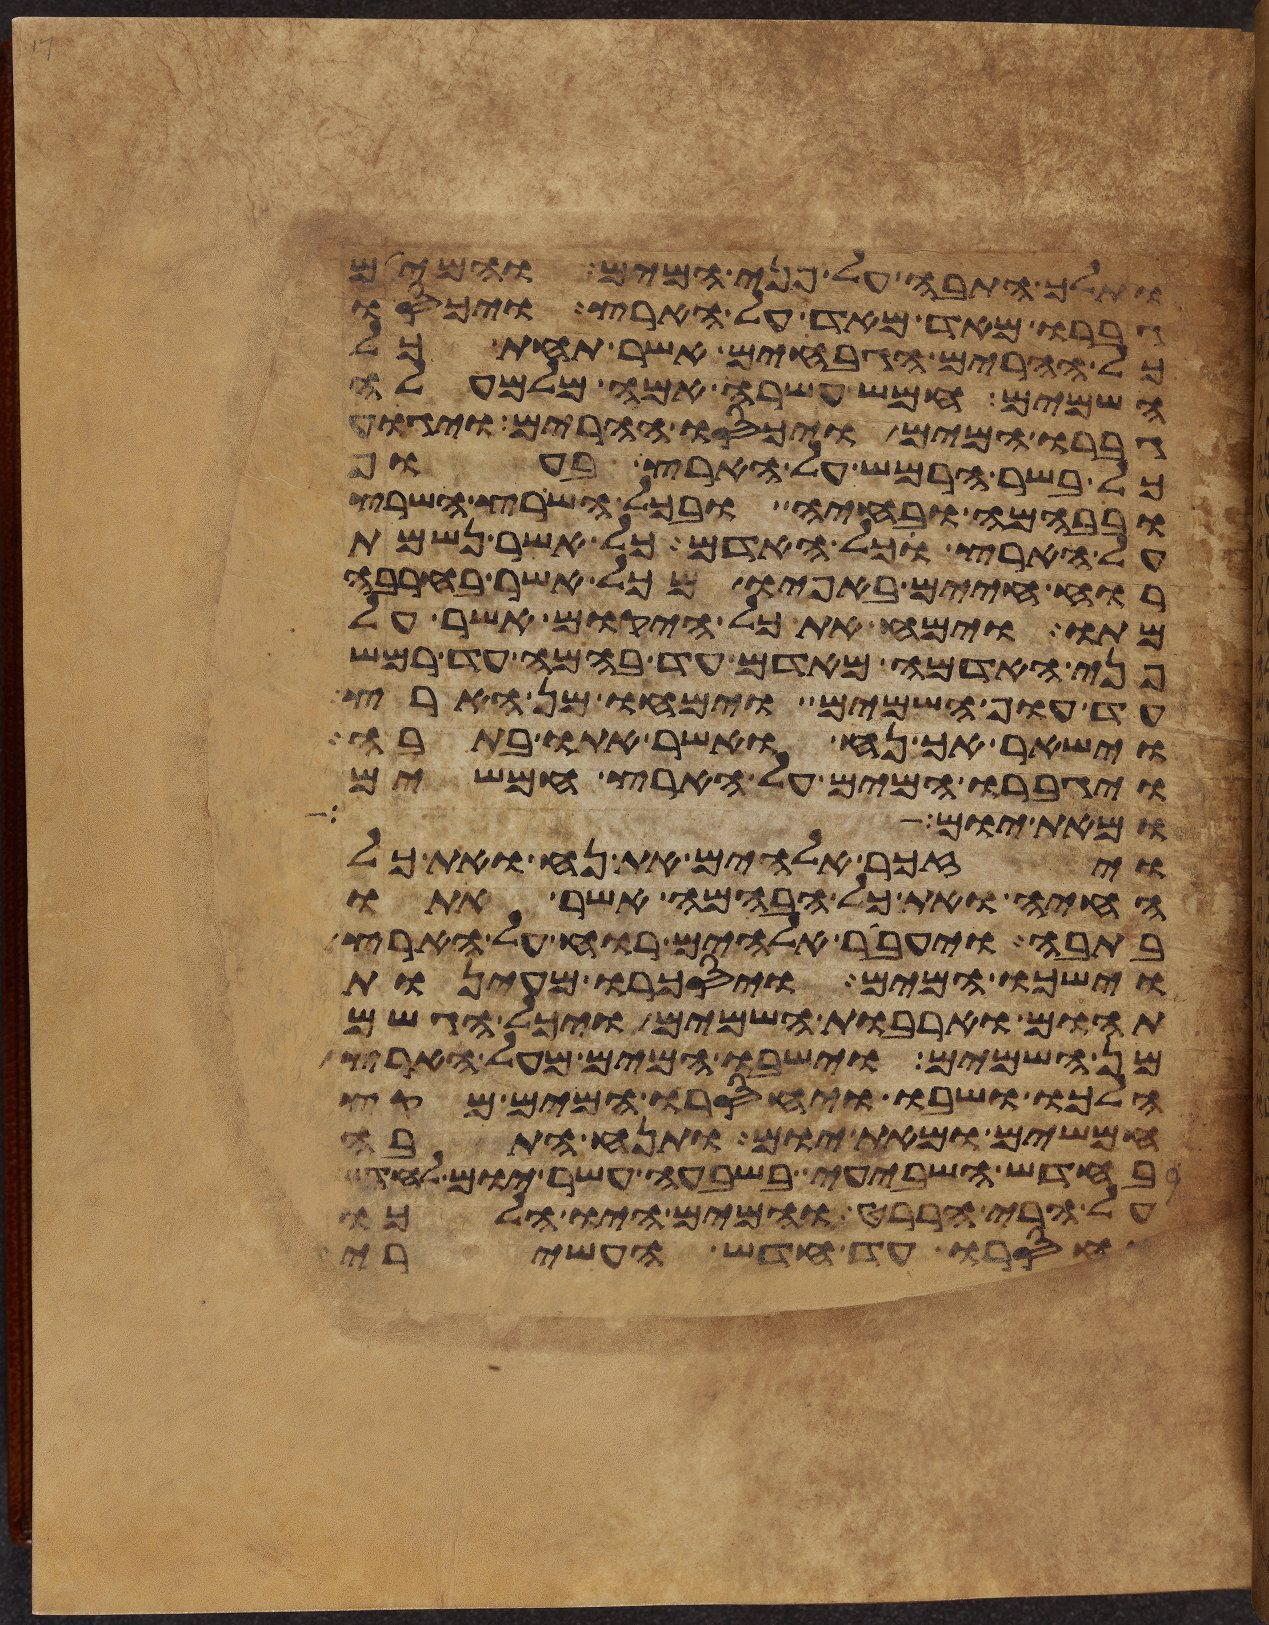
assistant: ותלך התבה על פני המים והמים
גברו מאד מאד על הארץ ויכסו
כל ההרים הגבחים אשר תחת כל
השמים חמש עשרה אמה מלמעלה
גברו המים ויכסו ההרים ויגוע
כל בשר הרמש על הארץ בעוף
ובבהמה ובחיה ובכל השרץ השרץ
על הארץ וכל האדם כל אשר נשמת
רוח חיים באפיו מכל אשר בחרבה
מתו וימח את כל היקום אשר על
פני האדמה מאדם עד בהמה עד רמש
עד עוף השמים וימחו מן הארץ
וישאר אך נח ואשר אתו בתבה
ויגברו המים על הארץ חמשים
ומאתים אלה
ויזכר אלהים את נח ואת כל
החיה ואת כל הבהמה אשר אתו
בתבה ויעבר אלהים רוח על הארץ
וישכו המים ויסכרו מעינות
תהום וארבות השמים ויכל הגשם
מן השמים וישבו המים מעל הארץ
הלכו ושבו ויחסרו המים מקץ
חמשים ומאת יום ותנח התבה
בחדש השביעי בשבעה עשר יום לחדש
על הרי הררט והמים היו הלכו
וחסרו עד חדש העשירי